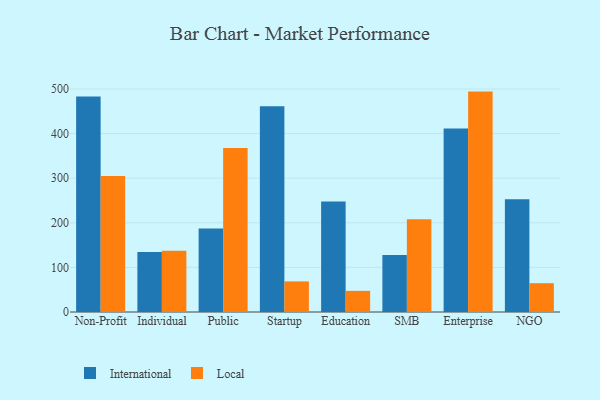
{"axis": {"x": "Segment", "y": "Backlog"}, "legend": ["International", "Local"], "data": [{"x": "Non-Profit", "y": 483.1, "type": "International"}, {"x": "Non-Profit", "y": 305.0, "type": "Local"}, {"x": "Individual", "y": 134.4, "type": "International"}, {"x": "Individual", "y": 137.3, "type": "Local"}, {"x": "Public", "y": 187.0, "type": "International"}, {"x": "Public", "y": 367.7, "type": "Local"}, {"x": "Startup", "y": 461.0, "type": "International"}, {"x": "Startup", "y": 68.6, "type": "Local"}, {"x": "Education", "y": 247.9, "type": "International"}, {"x": "Education", "y": 47.4, "type": "Local"}, {"x": "SMB", "y": 127.6, "type": "International"}, {"x": "SMB", "y": 208.0, "type": "Local"}, {"x": "Enterprise", "y": 411.4, "type": "International"}, {"x": "Enterprise", "y": 494.1, "type": "Local"}, {"x": "NGO", "y": 252.7, "type": "International"}, {"x": "NGO", "y": 64.6, "type": "Local"}]}